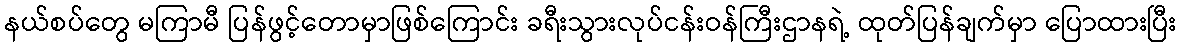
နယ်စပ်တွေ မကြာမီ ပြန်ဖွင့်တောမှာဖြစ်ကြောင်း ခရီးသွားလုပ်ငန်းဝန်ကြီးဌာနရဲ့ ထုတ်ပြန်ချက်မှာ ပြောထားပြီး